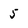
Character: 5